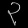
Digit: ၃